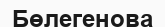
Бөлегенова